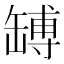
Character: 𦉊